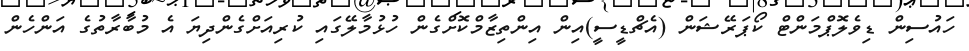
ހައުސިން ޑިވެލޮޕްމަންޓް ކޯޕަރޭޝަން (އެޗްޑީސީ)އިން އިންތިޒާމްކޮށްގެން ހުޅުމާލޭގައި ކުރިއަށްގެންދިޔަ އެ މުބާރާތުގެ އަންހެން